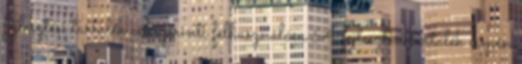
fejlesztési tartalék cél szerinti felhasználása A fejlesztési tartalék címén